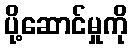
ပို့ဆောင်မှုကို